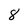
Character: 8